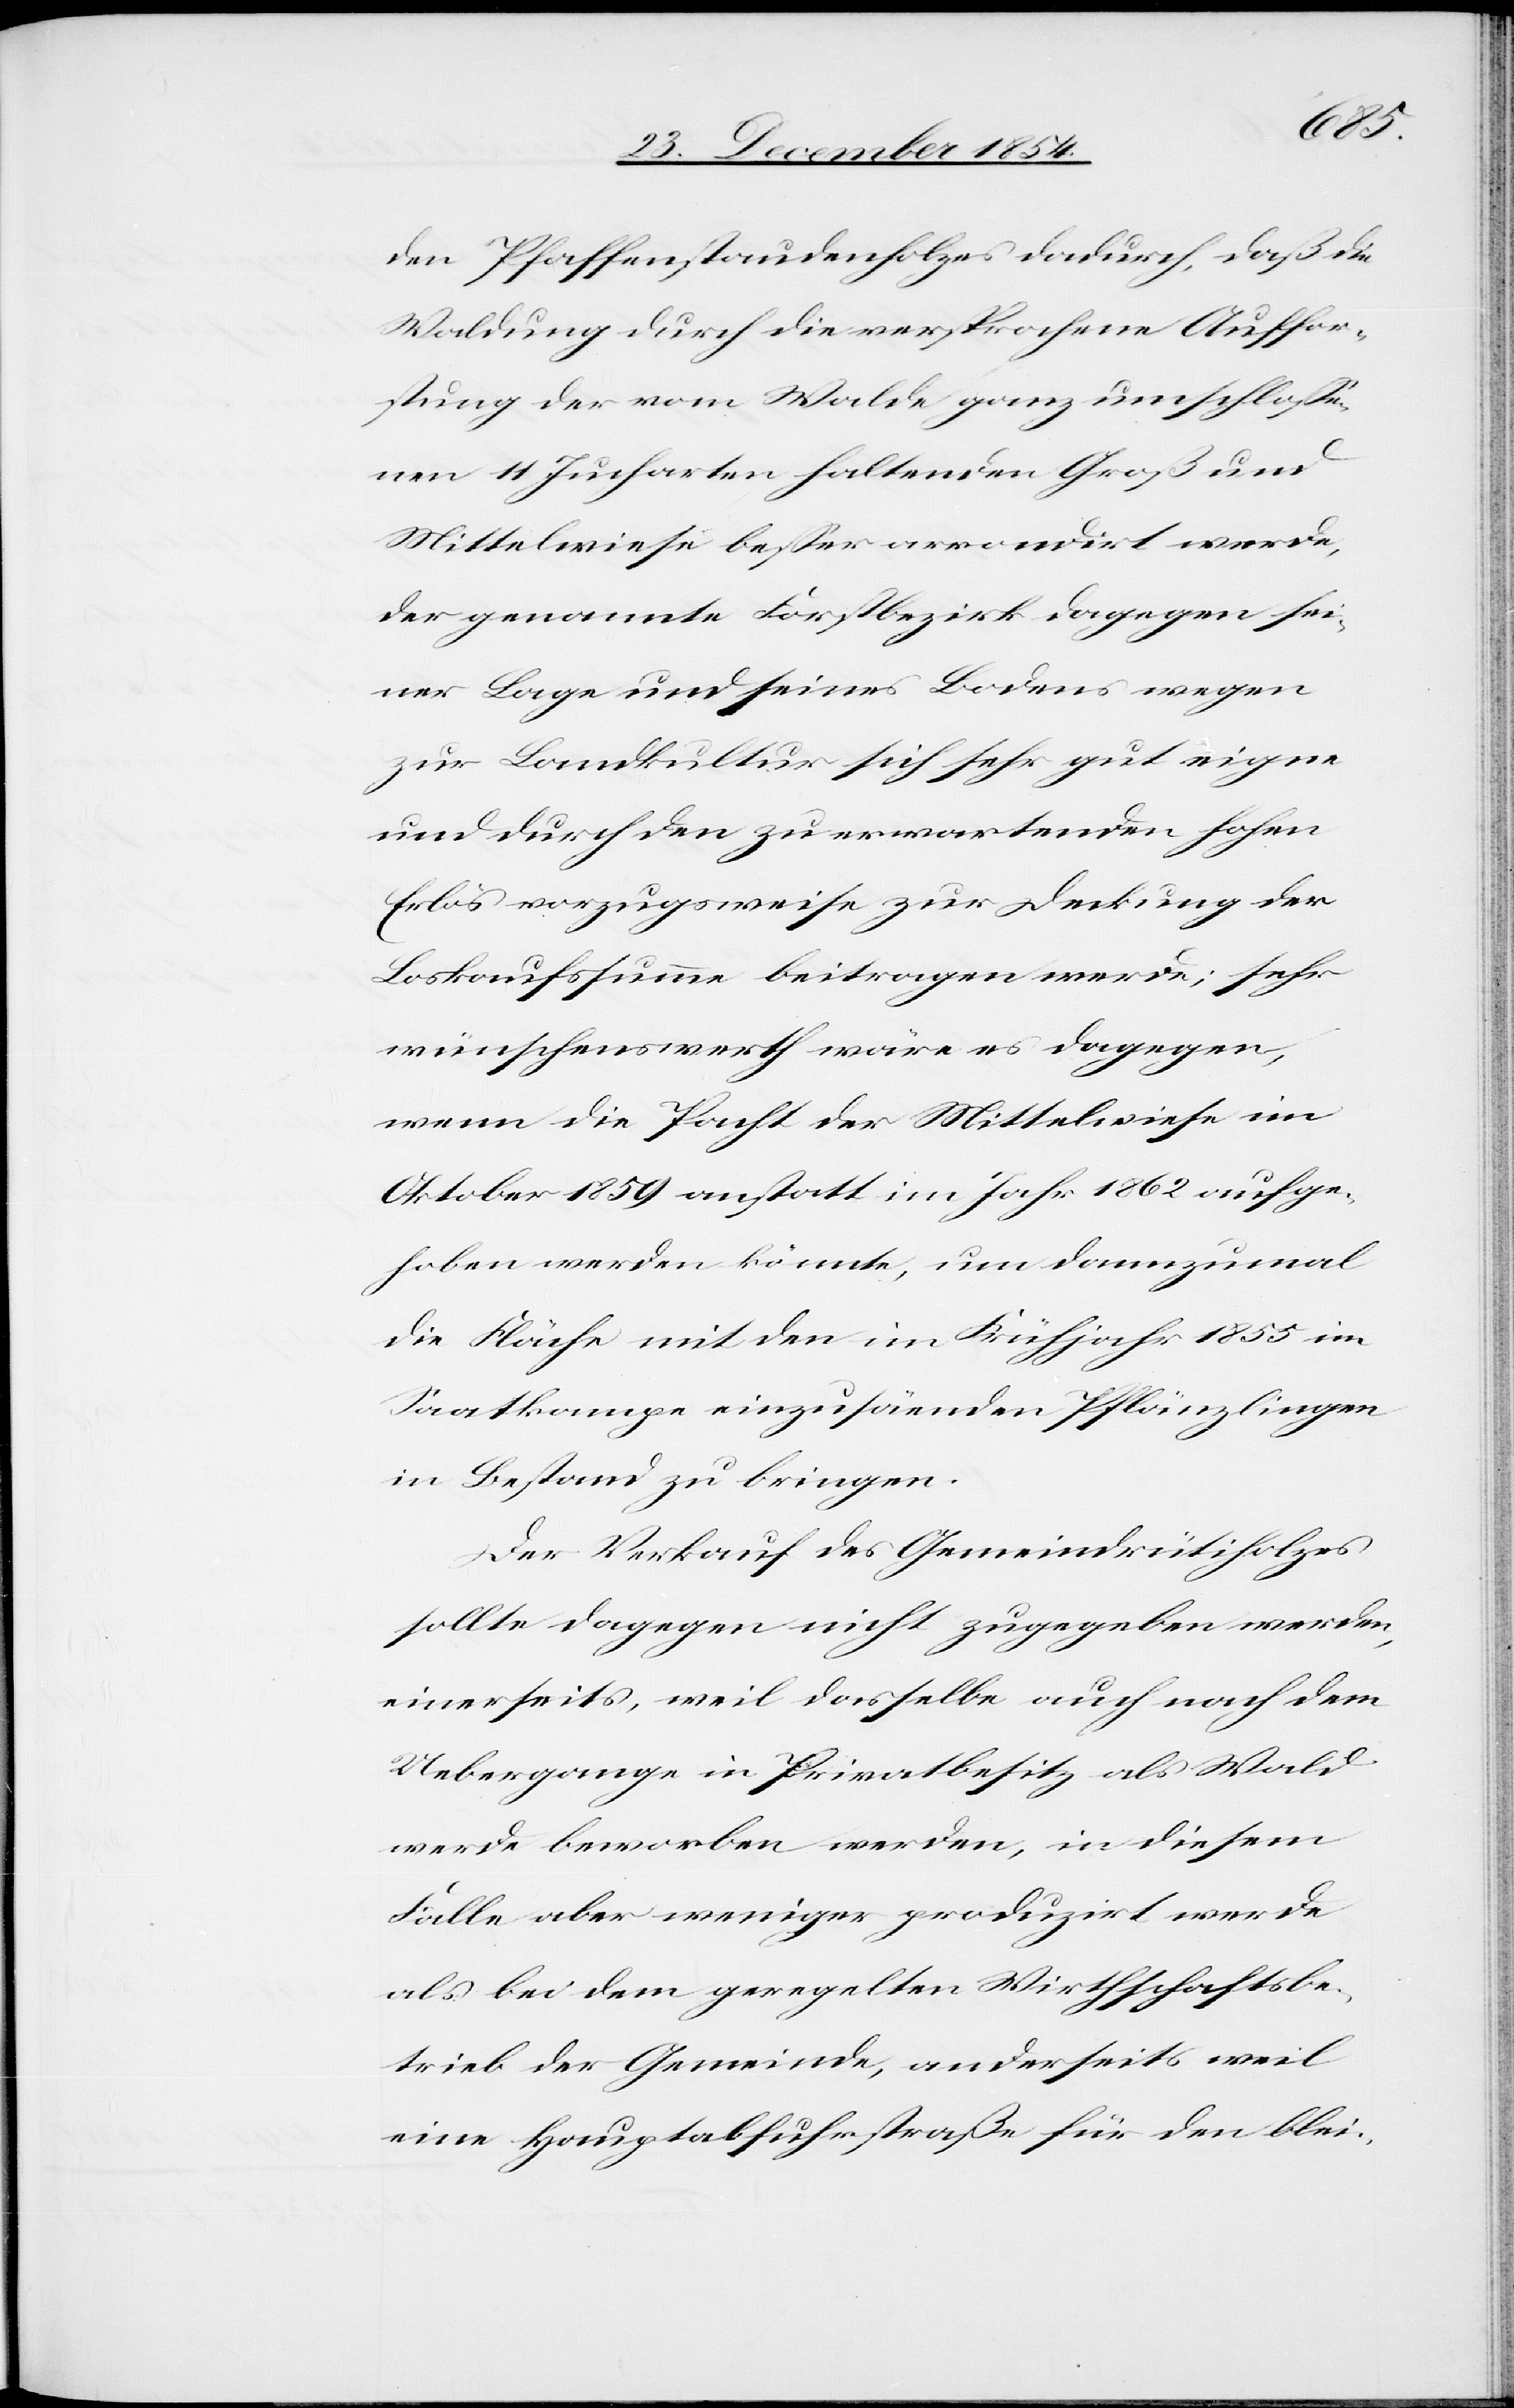
zusäenden
den Pfaffenstaudenholzes dadurch, daß die
Waldung durch die versprochene Auffor¬
stung der vom Walde ganz umschloße¬
nen 11 Jucharten haltenden Groß und
Mittelweise beßer arrondirt werde,
der genannte Forstbezirk dagegen sei¬
ner Lage und seines Bodens wegen
zur Landkultur sich sehr gut eigne
und durch den zu erwartenden hohen
Erlös vorzugsweise zur Deckung der
Loskaufssumme beitragen werde; sehr
wünschenswerth wäre es dagegen,
wenn die Pacht der Mittelwiese im
Oktober 1859 anstatt im Jahr 1862 aufge¬
hoben werden könnte, um dannzumal
die Fläche mit den im Frühjahr 1855 ein¬
in Bestand zu bringen.
Der Verkauf des Gemeindrütiholzes
sollte dagegen nicht zugegeben werden,
einerseits, weil dasselbe auch nach dem
Uebergange in Privatbesitz als Wald
werde beworben werde, in diesem
Falle aber weniger produzirt werde
als bei dem geregelten Wirthschaftsbe¬
trieb der Gemeinde, anderseits weil
eine Hauptabfuhrstraße für den blei-